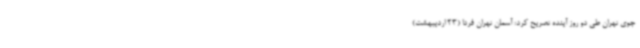
جوی تهران طی دو روز آینده تصریح کرد: آسمان تهران فردا (23 اردیبهشت)